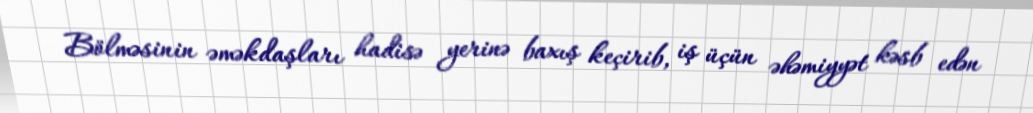
Bölməsinin əməkdaşları hadisə yerinə baxış keçirib, iş üçün əhəmiyyət kəsb edən